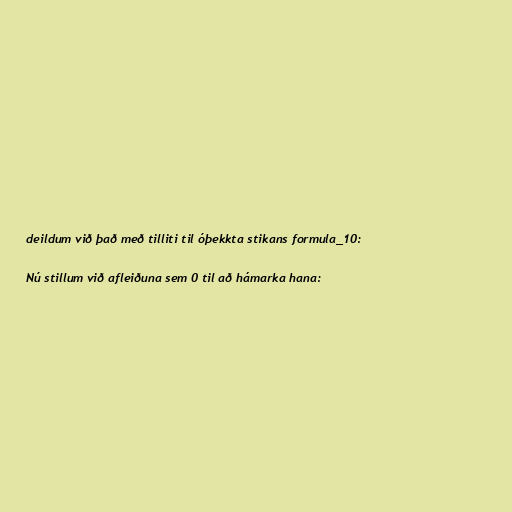
deildum við það með tilliti til óþekkta stikans formula_10:

Nú stillum við afleiðuna sem 0 til að hámarka hana: